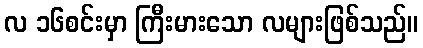
လ ၁၆စင်းမှာ ကြီးမားသော လများဖြစ်သည်။